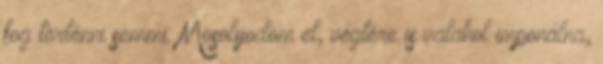
fog történni semmi. Mosolyodom el, végtére is valahol imponálna,